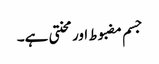
جسم مضبوط اور محنتی ہے۔